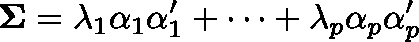
\mathbf { \Sigma } = \lambda _ { 1 } \alpha _ { 1 } \alpha _ { 1 } ^ { \prime } + \cdots + \lambda _ { p } \alpha _ { p } \alpha _ { p } ^ { \prime }